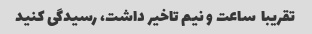
تقریبا  ساعت و نیم تاخیر داشت، رسیدگی کنید